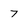
Character: 7